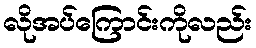
လိုအပ်ကြောင်းကိုလည်း